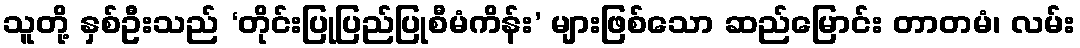
သူတို့ နှစ်ဦးသည် ‘တိုင်းပြုပြည်ပြုစီမံကိန်း’ များဖြစ်သော ဆည်မြောင်း တာတမံ၊ လမ်း